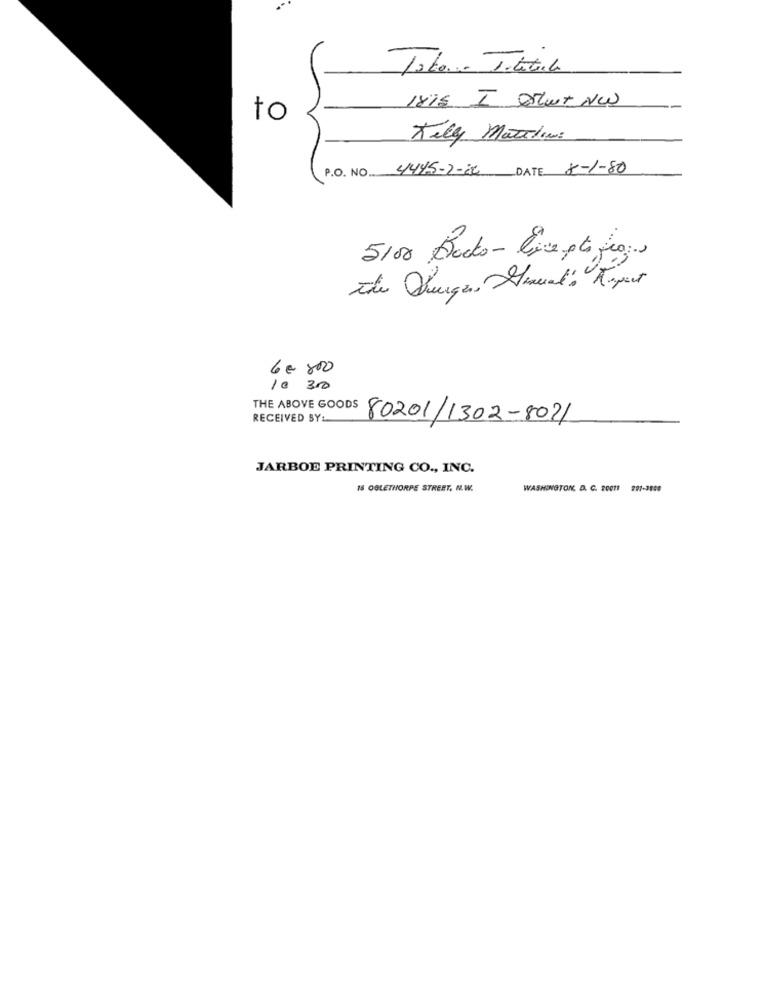
1815 I Detvw
to
Kelly Matelem:
P.O. NO 4445-2-32 DATE X-1-80
5100 Bucks - live pt feo.
the Queges, Dencial : Rupert
6€ 800
10 300
THE ABOVE GOODS
RECEIVED SYL
80201/1302-8021
JARBOE PRINTING CO ., INC.
15 OGLETHORPE STREET, N.W.
WASHINGTON, D. C. 20011 201-3859